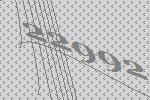
22992